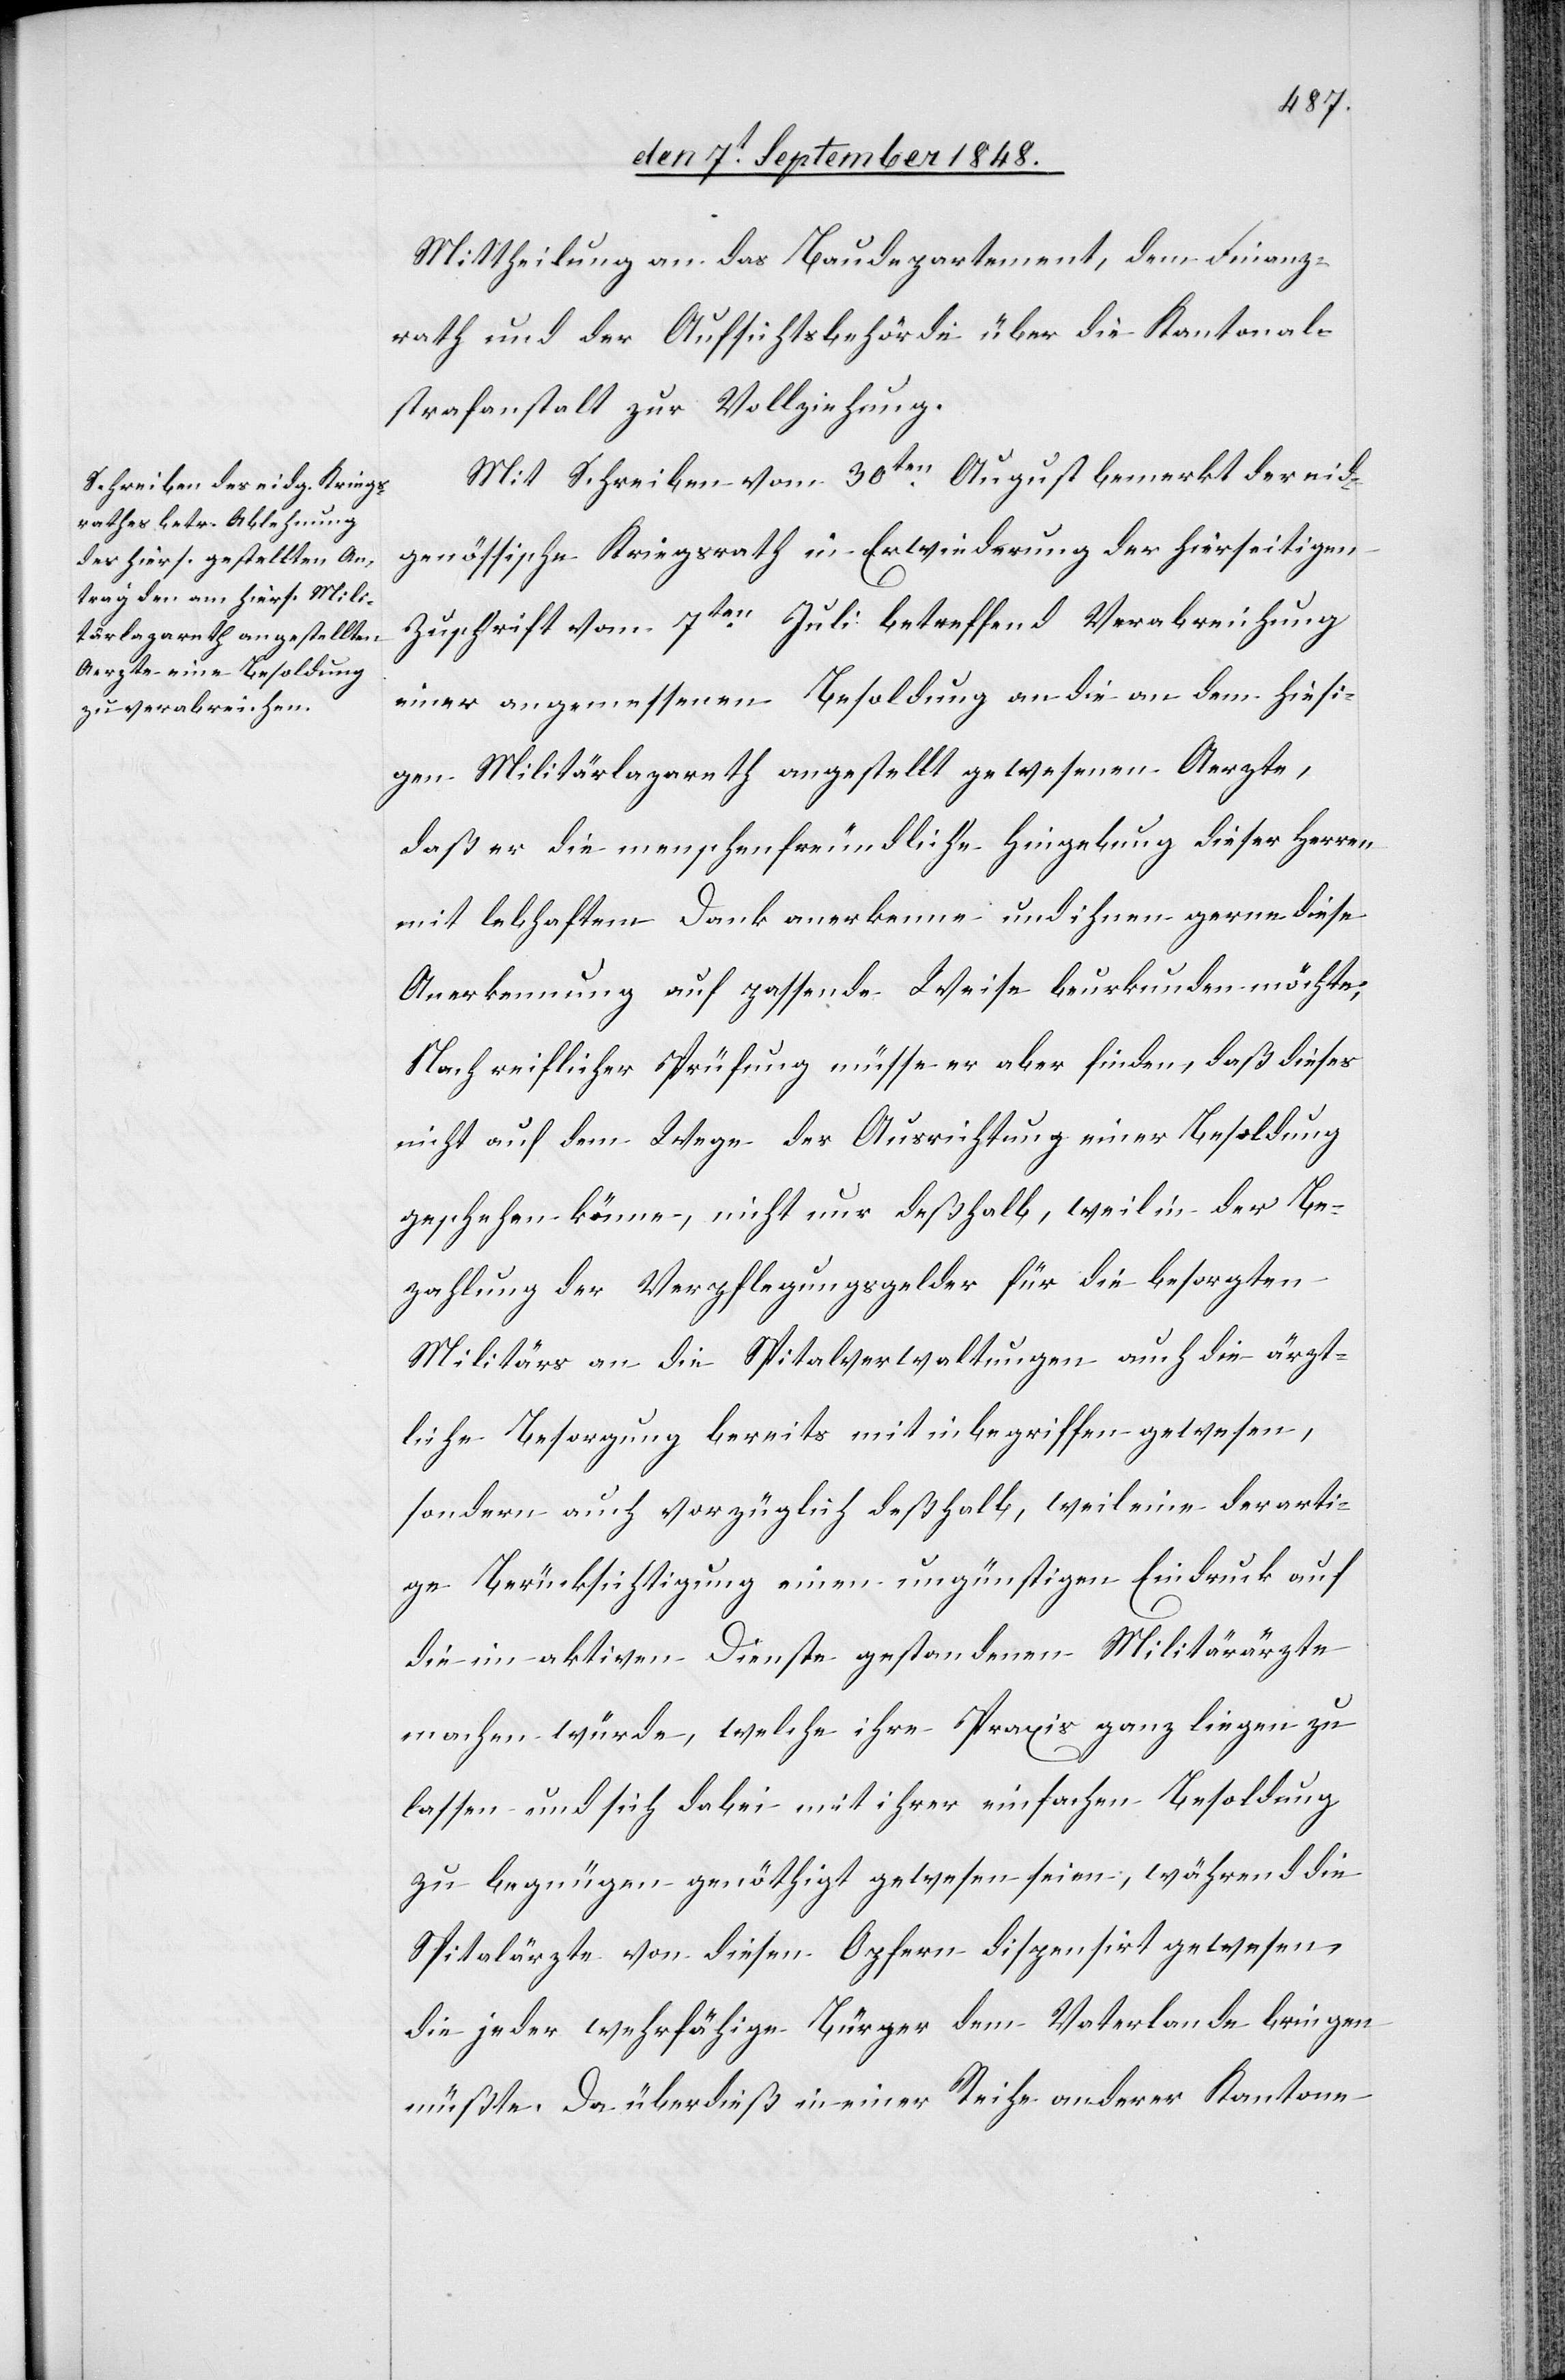
Mittheilung an das Baudepartement, dem Finanz¬
rath und der Aufsichtsbehörde über die Kantonal¬
strafanstalt zur Vollziehung.
Mit Schreiben vom 30ten August bemerkt der eid¬
genössische Kriegsrath in Erwiederung der hierseitigen
Zuschrift vom 7ten Juli betreffend Verabreichung
einer angemessenen Besoldung an die an dem hiesi¬
gen Militärlazareth angestellt gewesenen Aerzte,
daß er die menschenfreundliche Hingebung dieser Herren
mit lebhaftem Dank anerkenne und ihnen gerne diese
Anerkennung auf passende Weise beurkunden möchte;
Nach reiflicher Prüfung müsse er aber finden, daß dieses
nicht auf dem Wege der Ausrichtung einer Besoldung
geschehen könne, nicht nur deßhalb, weil in der Be¬
zahlung der Verpflegungsgelder für die besorgten
Militärs an die Spitalverwaltungen auch die ärzt¬
liche Besorgung bereits mit inbegriffen gewesen,
sonder auch vorzüglich deßhalb, weil eine derarti¬
ge Berücksichtigung einen ungünstigen Eindruck auf
die im aktiven Dienste gestandenen Militärärzte
machen würde, welche ihre Praxis ganz liegen zu
lassen und sich dabei mit ihrer einfachen Besoldung
zu begnügen genöthigt gewesen seien, während die
Spitalärzte von diesen Opfern dispensirt gewesen,
die jeder wehrfähige Bürger dem Vaterlande bringen
müßte. Da überdieß in einer Reihe anderer Kantone